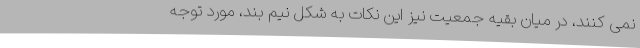
نمی کنند، در میان بقیه جمعیت نیز این نکات به شکل نیم بند، مورد توجه